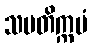
သမတိက္ကမံ